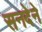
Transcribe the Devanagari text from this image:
सनदेने